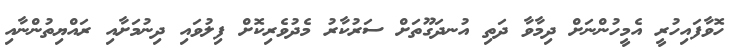
ހޮވާފައިހުރީ އެމީހުންނަށް ދިމާވާ ދަތި އުނދަގޫތަށް ސަރުކާރު މެދުވެރިކޮށް ފިލުވައި ދިނުމަށާއި ރައްޔިތުންނާއި